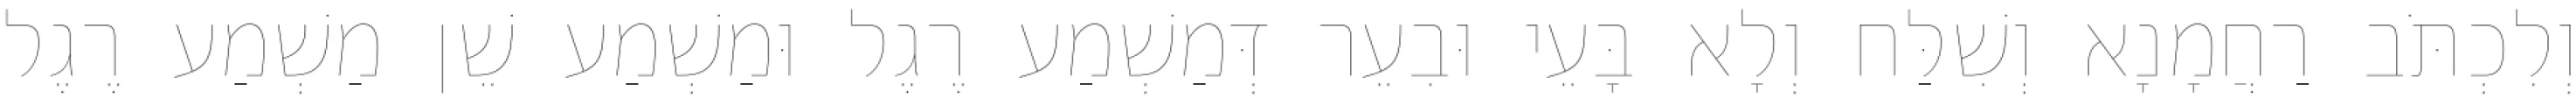
וְלִכְתֹּב רַחֲמָנָא וְשִׁלַּח וְלָא בָּעֵי וּבִעֵר דְּמַשְׁמַע רֶגֶל וּמַשְׁמַע שֵׁן מַשְׁמַע רֶגֶל